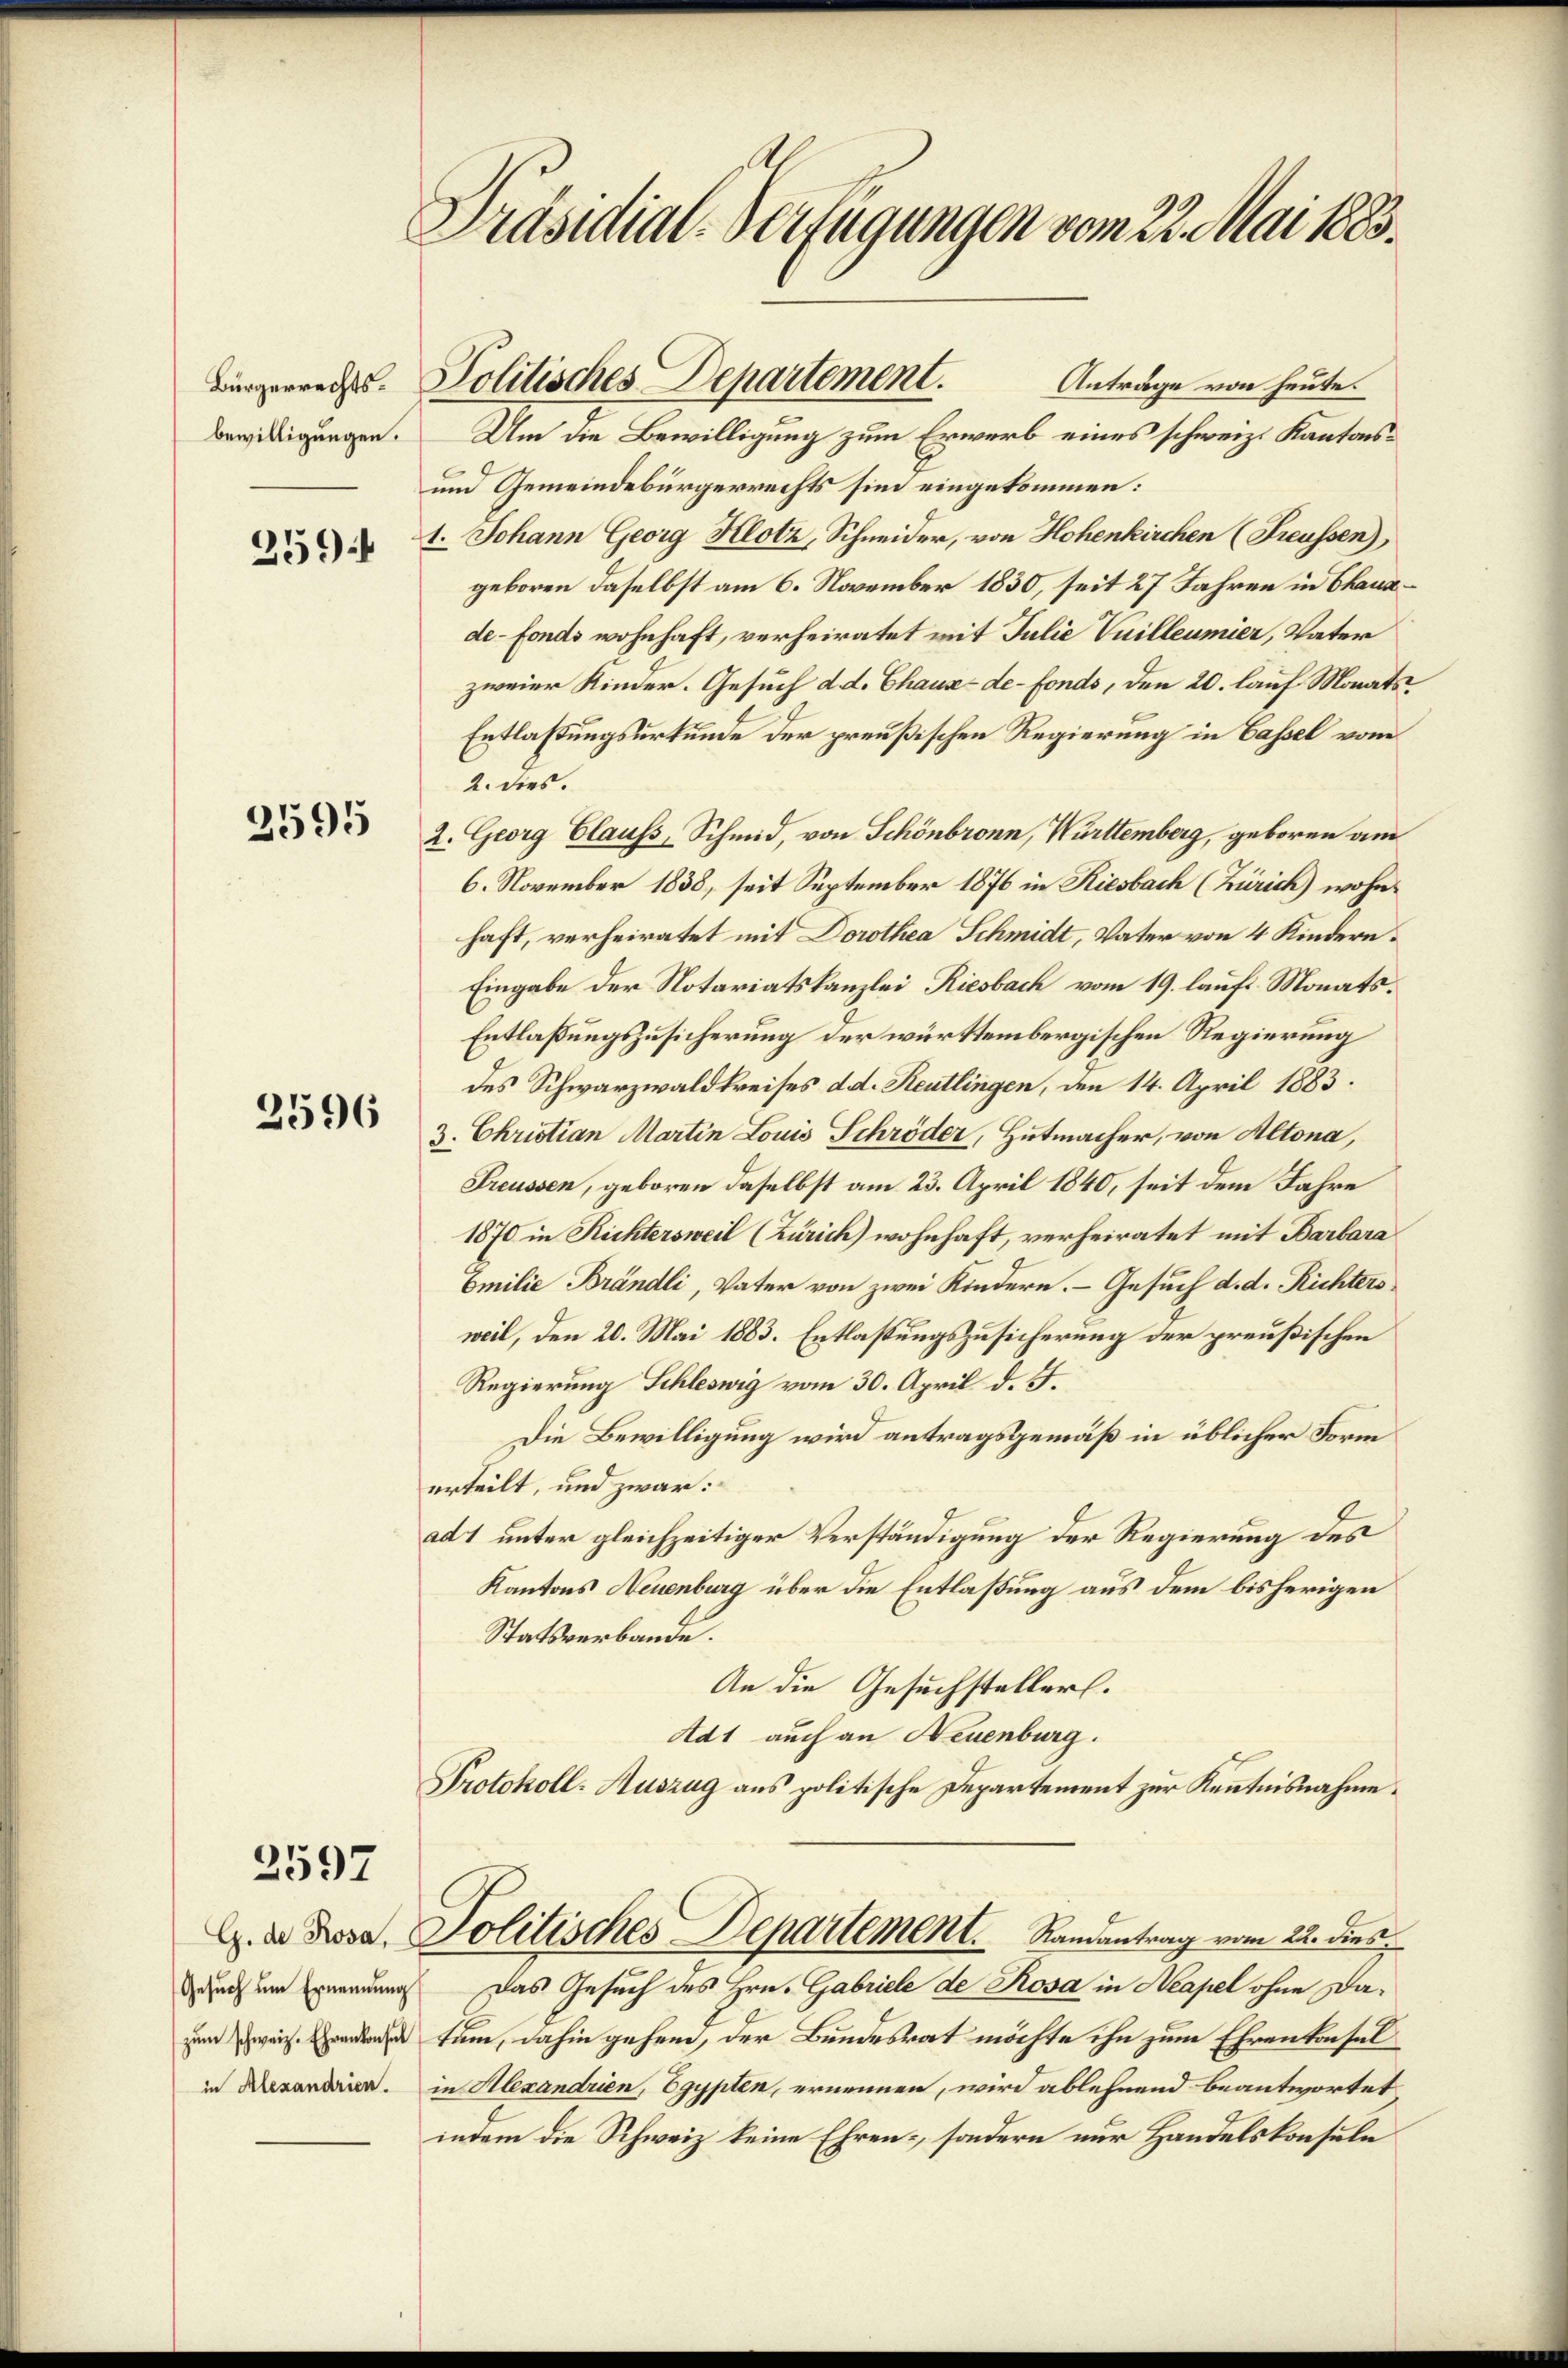
Bürgerrechtsbewilligungen.

259

3595

2596

2597

G. de Rosa,
in Alexandrien.

Präsidial-Verfügungen vom 22. Mai 1883.

Anträge von heute.
Um die Bewilligung zum Erwerb eines schweiz. Kantons¬
und Gemeindebürgerrechts sind eingekommen:
1. Johann Georg Klotz, Schneider, von Hohenkirchen (Freussen),
geboren daselbst am 6. November 1830, seit 27 Jahren in Chausde-Fonds wohnhaft, verheiratet mit Julie Vuilleumier, Vater
zweier Kinder. Gesuch d. d. Chaux-de-Fonds, den 20. lauf Monats
Entlaßungsurkunde der preußischen Regierung in Cassel vom
2. dies.
2. Georg Clauss, Schmid, von Schönbronn, Württemberg, geboren am
6. November 1838, seit September 1876 in Riesbach (Zürich) wohnhaft, verheiratet mit Dorothea Schmidt, Vater von 4 Kindern¬
Eingabe der Notariatskanzlei Riesbach vom 19. laufs Monats¬
Entlaßungszusicherung der württembergischen Regierung
des Schwarzwaldkreises d. d. Reutlingen, den 14. April 1883.
3. Christian Martin Louis Schröder, Hutmacher, von Altona,
Preussen, geboren daselbst am 23. April 1840, seit dem Jahre
1870 in Richtersweil (Zürich) wohnhaft, verheiratet mit Barbara
Emilie Brändli, Vater von zwei Kindern. Gesuch d. d. Richters
weil, den 20. Mai 1883. Entlastungszusicherung der preußischen
Regierung Schleswig vom 30. April d. J.
Die Bewilligung wird antragsgemäß in üblicher Form
erteilt, und zwar:
ad 1 unter gleichzeitiger Verständigung der Regierung des
Kantons Neuenburg über die Entlaßung aus dem bisherigen
Statsverbande.
An die Gesuchsteller.
Adt auch an Neuenburg.
Protokoll-Auszug aus politische Departement zur Kenntnisnahme.
Politisches Departement.   Randantrag vom 22. dies
unch um Ernennung das Gesuch des Hrn. Gabriele de Rosa in Neapel ohne Dazum weise sum, dahin gehend, der Bundesrat möchte ihn zum Ehrenkonsel
in Alexandrien, Egypten, ernennen, wird ablehnend beantwortet
indem die Schweiz keine Ehren-, sondern nur Handelskonsule

Politisches Departement.